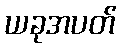
ယခုအပတ်